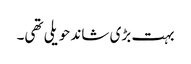
بہت بڑی شاند حویلی تھی۔